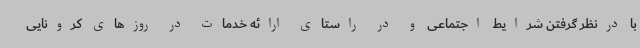
با درنظر گرفتن شرایط اجتماعی و در راستای ارائه خدمات در روزهای کرونایی